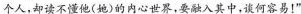
个人，却读不懂他(她)的内心世界，要融入其中，谈何容易！”